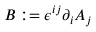
B : = \epsilon ^ { i j } \partial _ { i } A _ { j }